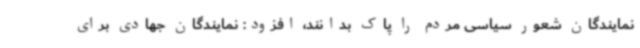
نمایندگان شعور سیاسی مردم را پاک بدانند، افزود: نمایندگان جهادی برای